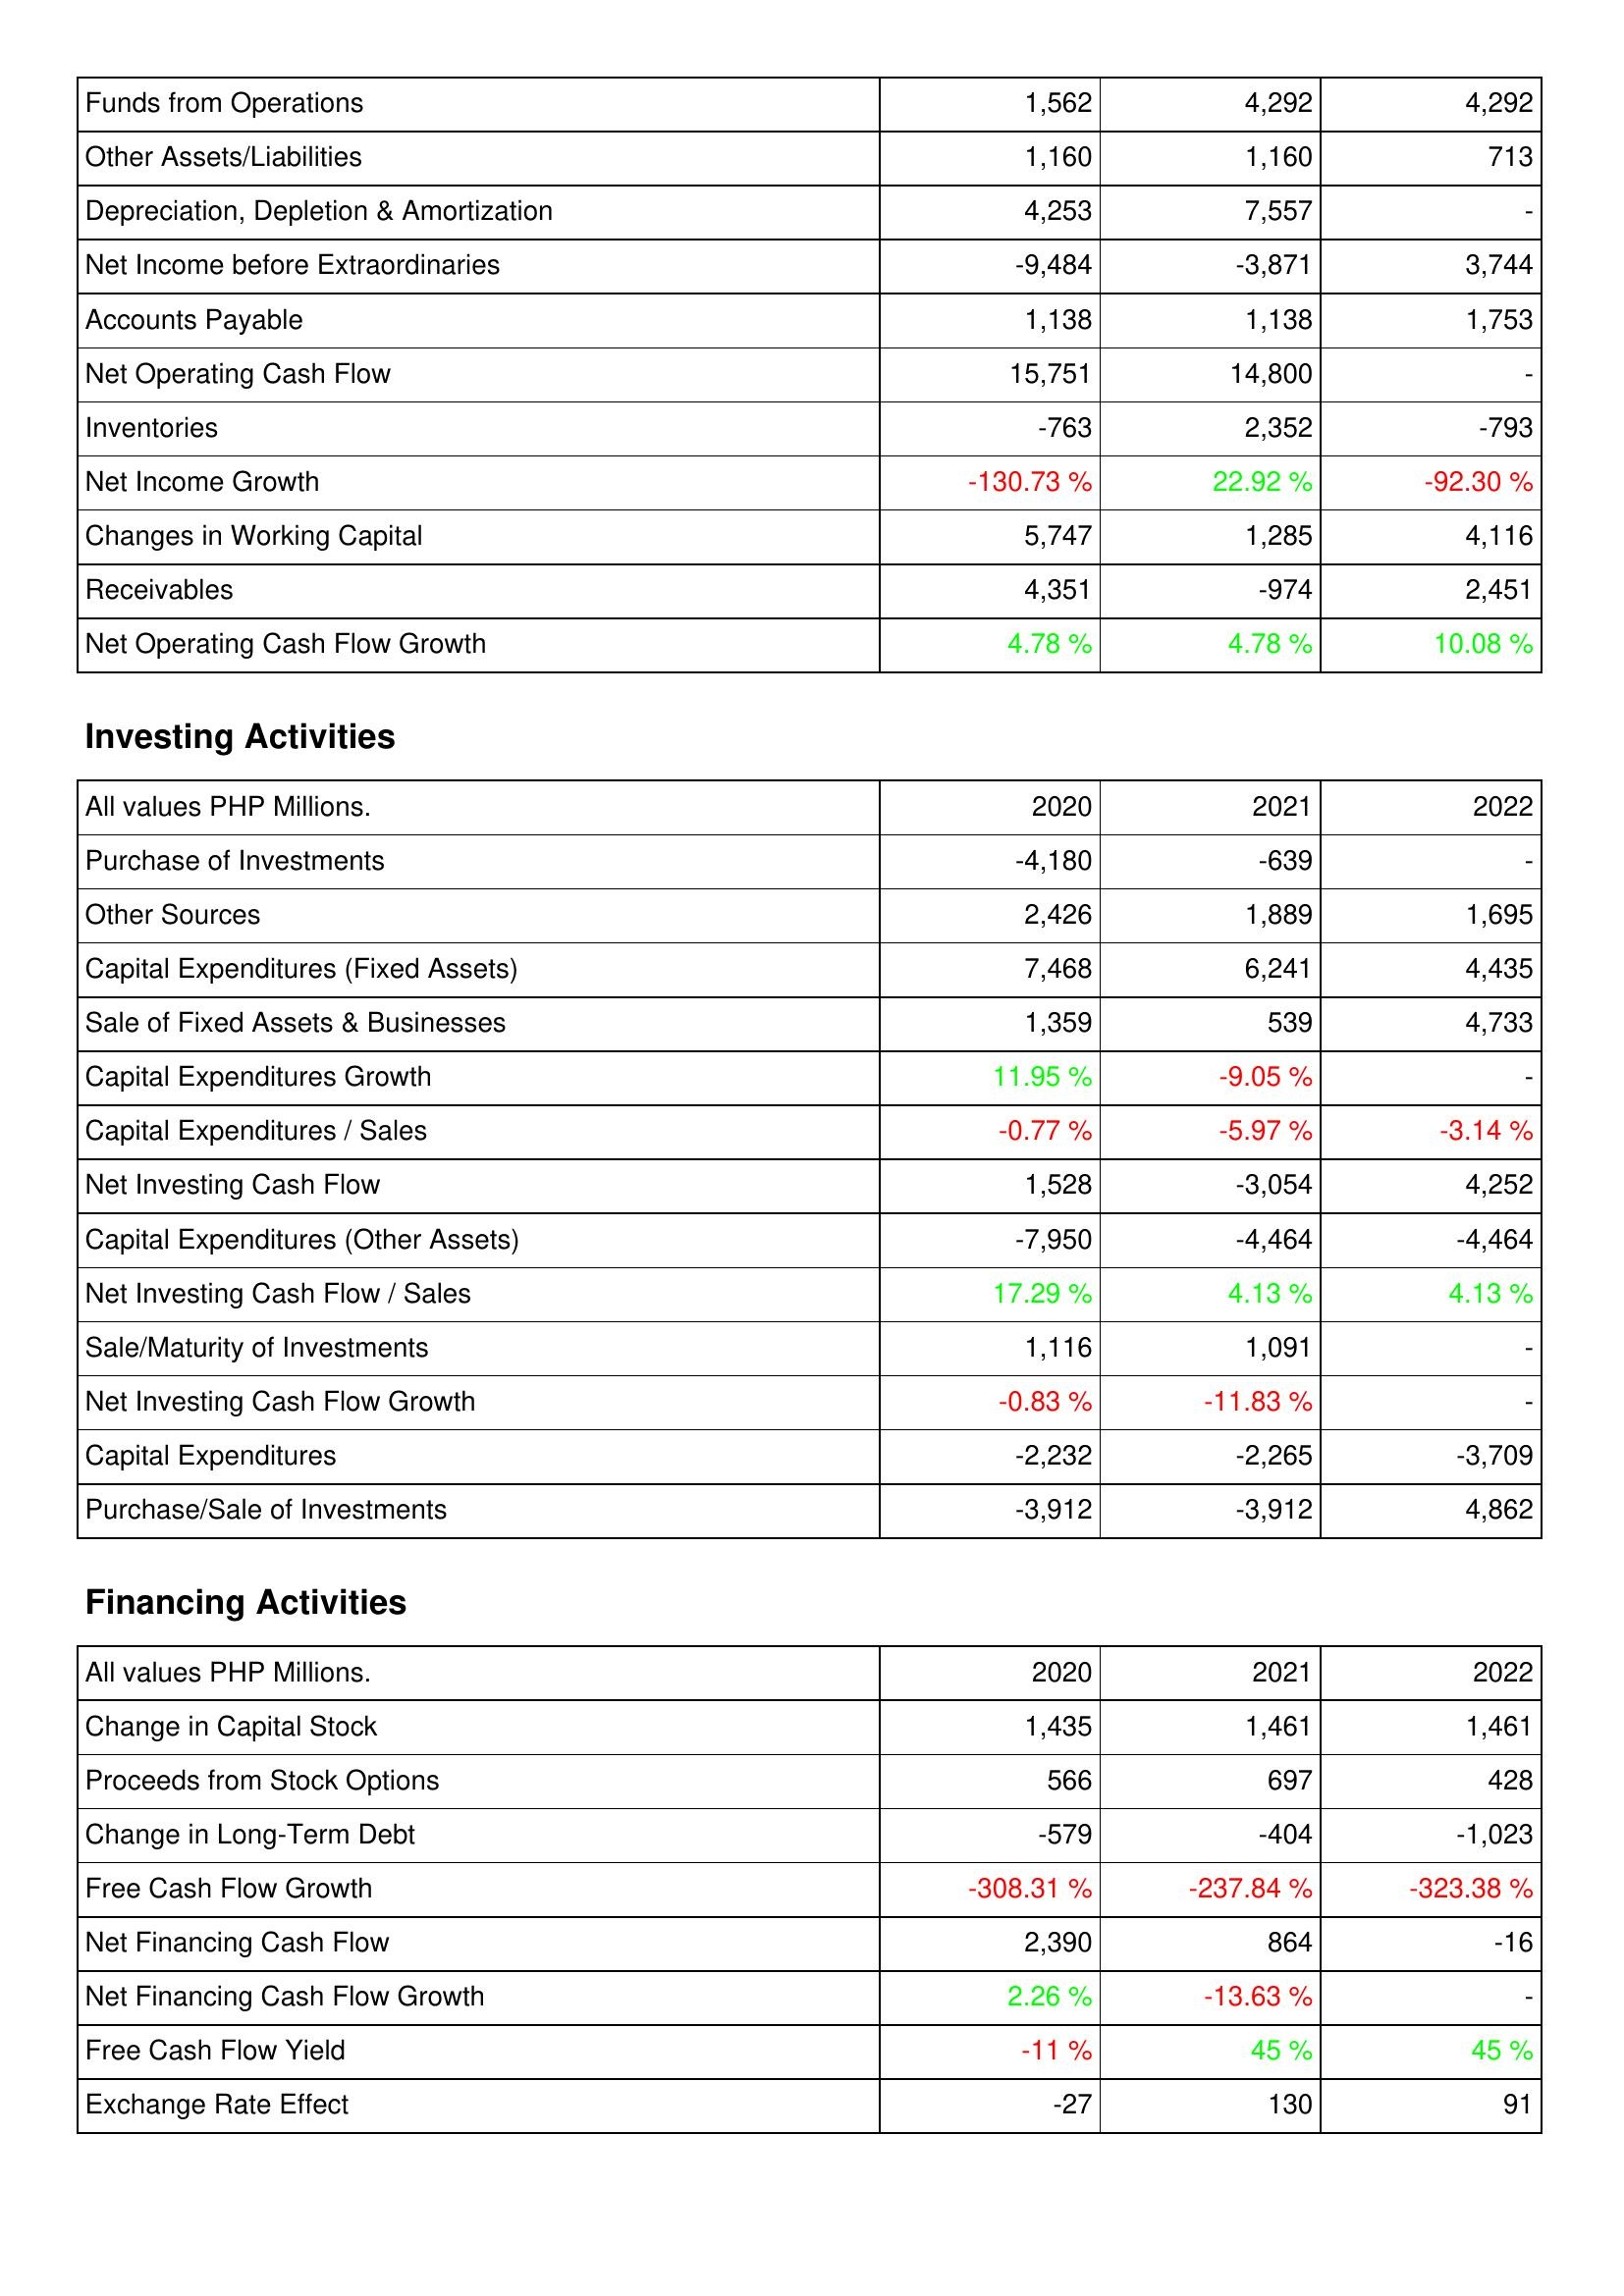
2020: Operating Activities: Funds from Operations: 1,562
Other Assets/Liabilities: 1,160
Depreciation, Depletion & Amortization: 4,253
Net Income before Extraordinaries: -9,484
Accounts Payable: 1,138
Net Operating Cash Flow: 15,751
Inventories: -763
Net Income Growth: -130.73 %
Changes in Working Capital: 5,747
Receivables: 4,351
Net Operating Cash Flow Growth: 4.78 %
Investing Activities: Purchase of Investments: -4,180
Other Sources: 2,426
Capital Expenditures (Fixed Assets): 7,468
Sale of Fixed Assets & Businesses: 1,359
Capital Expenditures Growth: 11.95 %
Capital Expenditures / Sales: -0.77 %
Net Investing Cash Flow: 1,528
Capital Expenditures (Other Assets): -7,950
Net Investing Cash Flow / Sales: 17.29 %
Sale/Maturity of Investments: 1,116
Net Investing Cash Flow Growth: -0.83 %
Capital Expenditures: -2,232
Purchase/Sale of Investments: -3,912
Financing Activities: Change in Capital Stock: 1,435
Proceeds from Stock Options: 566
Change in Long-Term Debt: -579
Free Cash Flow Growth: -308.31 %
Net Financing Cash Flow: 2,390
Net Financing Cash Flow Growth: 2.26 %
Free Cash Flow Yield: -11 %
Exchange Rate Effect: -27
2021: Operating Activities: Funds from Operations: 4,292
Other Assets/Liabilities: 1,160
Depreciation, Depletion & Amortization: 7,557
Net Income before Extraordinaries: -3,871
Accounts Payable: 1,138
Net Operating Cash Flow: 14,800
Inventories: 2,352
Net Income Growth: 22.92 %
Changes in Working Capital: 1,285
Receivables: -974
Net Operating Cash Flow Growth: 4.78 %
Investing Activities: Purchase of Investments: -639
Other Sources: 1,889
Capital Expenditures (Fixed Assets): 6,241
Sale of Fixed Assets & Businesses: 539
Capital Expenditures Growth: -9.05 %
Capital Expenditures / Sales: -5.97 %
Net Investing Cash Flow: -3,054
Capital Expenditures (Other Assets): -4,464
Net Investing Cash Flow / Sales: 4.13 %
Sale/Maturity of Investments: 1,091
Net Investing Cash Flow Growth: -11.83 %
Capital Expenditures: -2,265
Purchase/Sale of Investments: -3,912
Financing Activities: Change in Capital Stock: 1,461
Proceeds from Stock Options: 697
Change in Long-Term Debt: -404
Free Cash Flow Growth: -237.84 %
Net Financing Cash Flow: 864
Net Financing Cash Flow Growth: -13.63 %
Free Cash Flow Yield: 45 %
Exchange Rate Effect: 130
2022: Operating Activities: Funds from Operations: 4,292
Other Assets/Liabilities: 713
Depreciation, Depletion & Amortization: -
Net Income before Extraordinaries: 3,744
Accounts Payable: 1,753
Net Operating Cash Flow: -
Inventories: -793
Net Income Growth: -92.30 %
Changes in Working Capital: 4,116
Receivables: 2,451
Net Operating Cash Flow Growth: 10.08 %
Investing Activities: Purchase of Investments: -
Other Sources: 1,695
Capital Expenditures (Fixed Assets): 4,435
Sale of Fixed Assets & Businesses: 4,733
Capital Expenditures Growth: -
Capital Expenditures / Sales: -3.14 %
Net Investing Cash Flow: 4,252
Capital Expenditures (Other Assets): -4,464
Net Investing Cash Flow / Sales: 4.13 %
Sale/Maturity of Investments: -
Net Investing Cash Flow Growth: -
Capital Expenditures: -3,709
Purchase/Sale of Investments: 4,862
Financing Activities: Change in Capital Stock: 1,461
Proceeds from Stock Options: 428
Change in Long-Term Debt: -1,023
Free Cash Flow Growth: -323.38 %
Net Financing Cash Flow: -16
Net Financing Cash Flow Growth: -
Free Cash Flow Yield: 45 %
Exchange Rate Effect: 91